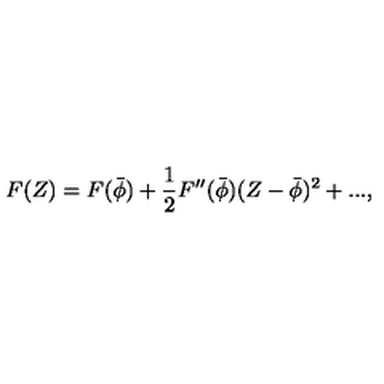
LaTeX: F ( Z ) = F ( \bar { \phi } ) + { \frac { 1 } { 2 } } F ^ { \prime \prime } ( \bar { \phi } ) ( Z - \bar { \phi } ) ^ { 2 } + . . . ,